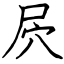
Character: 屄